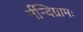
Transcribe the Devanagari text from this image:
र्नन्दिग्रामः